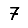
Digit: 7